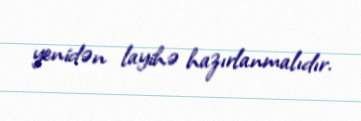
yenidən layihə hazırlanmalıdır.